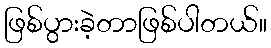
ဖြစ်ပွားခဲ့တာဖြစ်ပါတယ်။